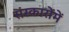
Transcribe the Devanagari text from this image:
संस्कारोंमें